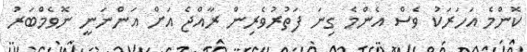
ކޮންމެ އަހަރަކު ވެސް އެންމެ ގިނަ ފަތުރުވެރިން ރާއްޖެ އަށް އަންނަނީ ނޮވެމްބަރު